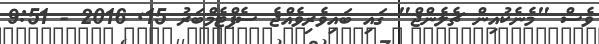
ވެސް "މެނެކުއިން ޗެލެންޖް" ގައި ބައިވެރިވެއްޖެ ސެޕްޓެމްބަރު 15